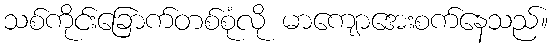
သစ်ကိုင်းခြောက်တစ်စုံလို မာကျောအေးစက်နေသည်။